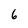
Character: 6